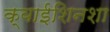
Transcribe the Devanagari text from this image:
क्वाईशिनशा